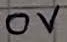
Text: 0V